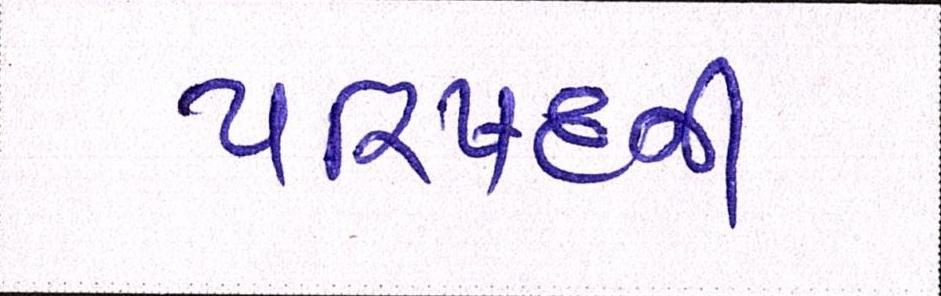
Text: પરિષદની